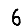
Digit: 6